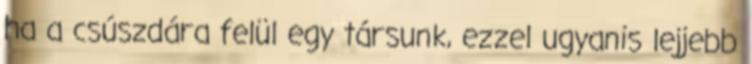
ha a csúszdára felül egy társunk, ezzel ugyanis lejjebb